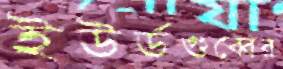
ইউর্ডগুব্বের